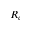
R _ { c }